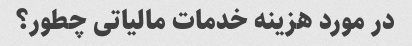
در مورد هزینه خدمات مالیاتی چطور؟